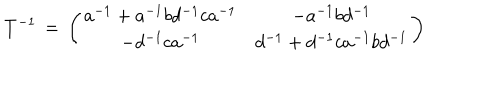
LaTeX: T ^ { - 1 } \, = \, \left( \begin{array} { c c } { { a ^ { - 1 } + a ^ { - 1 } b d ^ { - 1 } c a ^ { - 1 } } } & { { - a ^ { - 1 } b d ^ { - 1 } } } \\ { { - d ^ { - 1 } c a ^ { - 1 } } } & { { d ^ { - 1 } + d ^ { - 1 } c a ^ { - 1 } b d ^ { - 1 } } } \\ \end{array} \right)